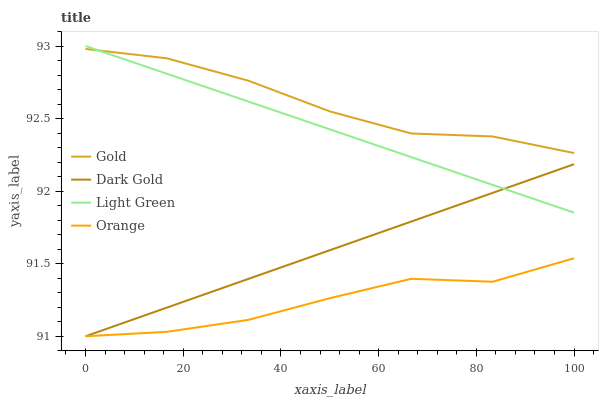
| xaxis_label | Gold | Dark Gold | Light Green | Orange |
 | --- | --- | --- | --- | --- |
 | 0 | 93 | 91 | 93 | 91 |
 | 16.7 | 92.9 | 91.2 | 92.8 | 91 |
 | 33.3 | 92.8 | 91.4 | 92.6 | 91.1 |
 | 50 | 92.5 | 91.6 | 92.4 | 91.3 |
 | 66.7 | 92.4 | 91.8 | 92.2 | 91.4 |
 | 83.3 | 92.4 | 92 | 92 | 91.4 |
 | 100 | 92.3 | 92.2 | 91.9 | 91.5 |